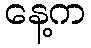
နေ့က